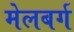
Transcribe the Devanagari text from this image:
मेलबर्ग